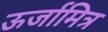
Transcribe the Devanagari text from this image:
ऊर्जामित्र